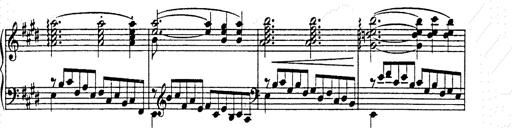
Title: AnnÃ©es de pÃ¨lerinage II
Composer: Franz Liszt